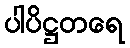
ပါပိဋ္ဌတရေ